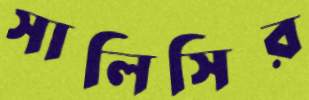
সালিসির